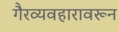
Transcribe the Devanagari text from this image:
गैरव्यवहारावरून